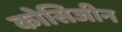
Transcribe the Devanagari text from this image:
कोसिजीन